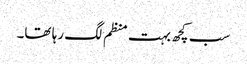
سب کچھ بہت منظم لگ رہا تھا۔